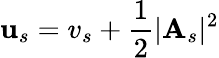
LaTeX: \mathbf{u}_{s}=v_{s}+\frac{1}{2}\vert\mathbf{{A}}_{s}\vert^{2}